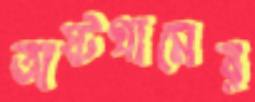
অষ্টগ্রামের